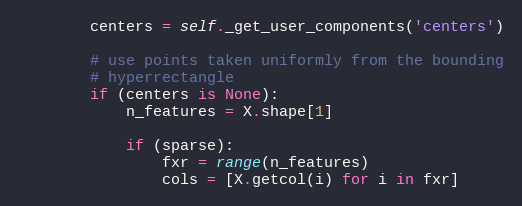
Language: Python
        centers = self._get_user_components('centers')

        # use points taken uniformly from the bounding
        # hyperrectangle
        if (centers is None):
            n_features = X.shape[1]

            if (sparse):
                fxr = range(n_features)
                cols = [X.getcol(i) for i in fxr]